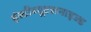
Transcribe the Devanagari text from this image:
इंस्टीच्यूटशनाइज्ड